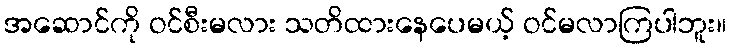
အဆောင်ကို ဝင်စီးမလား သတိထားနေပေမယ့် ဝင်မလာကြပါဘူး။